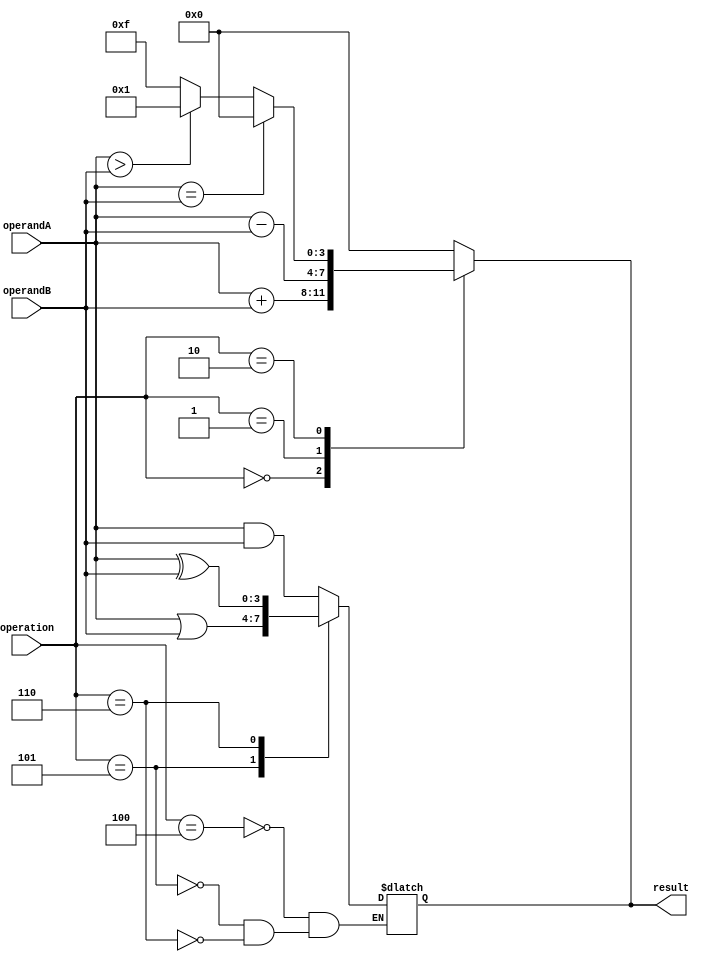
module ALU (
   input [3:0] operandA,
   input [3:0] operandB,
   input [2:0] operation,
   output reg [3:0] result
);

// Arithmetic blocks
always @* begin
   case(operation)
      3'b000 : result = operandA + operandB; // Adder
      3'b001 : result = operandA - operandB; // Subtractor
      3'b010 : begin // Comparator
         if(operandA == operandB) 
            result = 4'b0000;
         else if (operandA > operandB)
            result = 4'b0001;
         else
            result = 4'b1111;
      end
      default: result = 4'b0000;
   endcase
end

// Bitwise operations
always @(operandA, operandB, operation) begin
   case(operation)
      3'b100 : result = operandA & operandB; // AND
      3'b101 : result = operandA | operandB; // OR
      3'b110 : result = operandA ^ operandB; // XOR
   endcase
end

endmodule